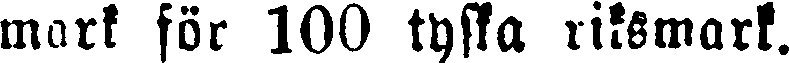
mark för 100 tyska riksmark.